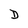
Character: D